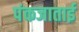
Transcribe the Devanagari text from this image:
पंकजाताई